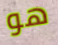
هو